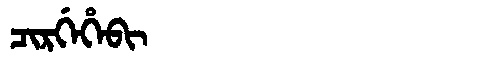
Manchu: ᠴᡳᡵᡤᡝᡥᡝᠪᡳ
Romanization: CIRGEHEBI